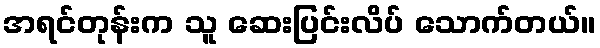
အရင်တုန်းက သူ ဆေးပြင်းလိပ် သောက်တယ်။